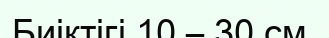
Биіктігі 10 – 30 см.